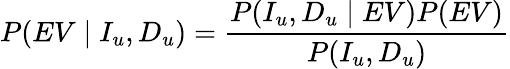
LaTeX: P(EV\mid I_{u},D_{u})=\frac{P(I_{u},D_{u}\mid EV)P(EV)}{P(I_{u},D_{u})}